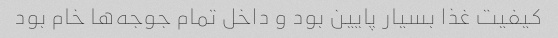
کیفیت غذا بسیار پایین بود و داخل تمام جوجه‌ها خام بود